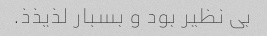
بی نظیر بود و بسبار لذیذذ.